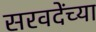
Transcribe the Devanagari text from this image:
सरवदेंच्या